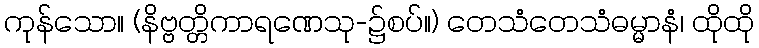
ကုန်သော။ (နိဗ္ဗတ္တိကာရဏေသု-၌စပ်။) တေသံတေသံဓမ္မာနံ၊ ထိုထို